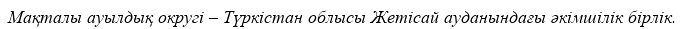
Мақталы ауылдық округі – Түркістан облысы Жетісай ауданындағы әкімшілік бірлік.